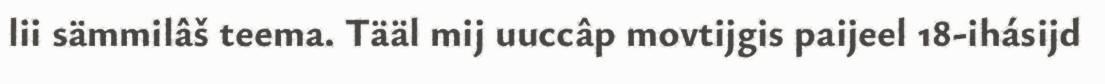
lii sämmilâš teema. Tääl mij uuccâp movtijgis paijeel 18-ihásijd